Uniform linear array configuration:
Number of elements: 8
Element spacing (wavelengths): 0.25
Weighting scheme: hann
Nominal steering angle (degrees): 0
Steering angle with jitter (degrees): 0.2189
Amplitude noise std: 0.05
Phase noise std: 0.05

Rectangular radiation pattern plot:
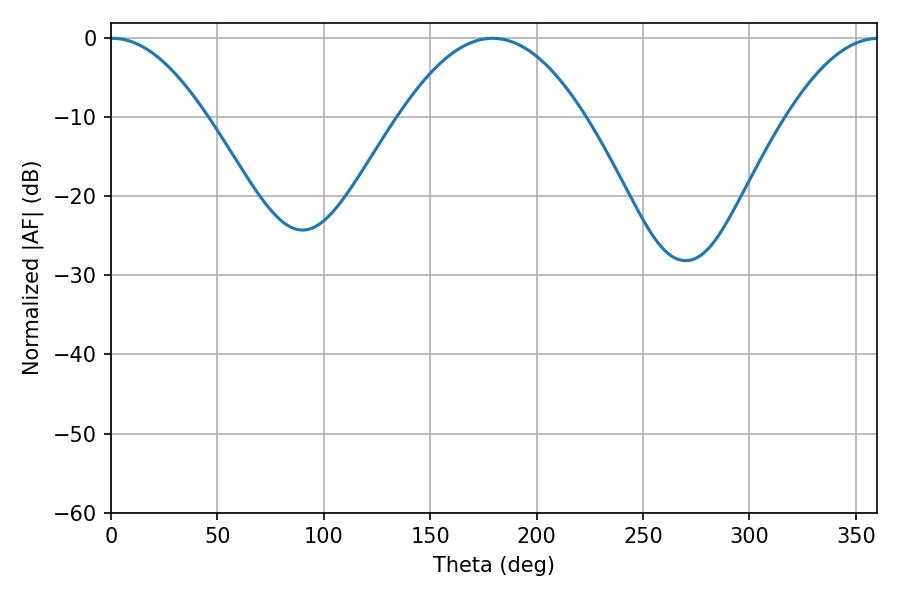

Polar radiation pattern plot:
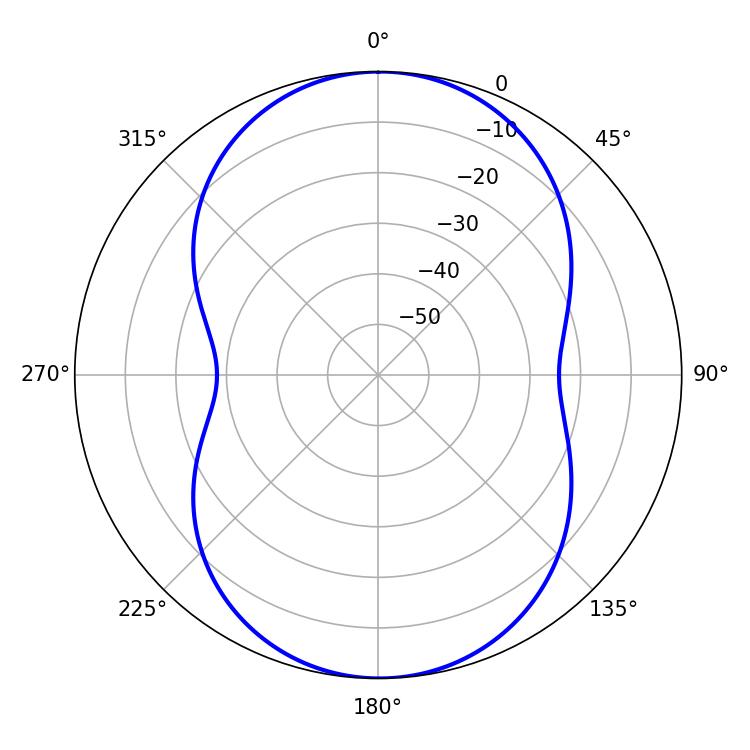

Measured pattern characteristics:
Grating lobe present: FALSE
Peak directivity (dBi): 17.977
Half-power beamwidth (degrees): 47.7
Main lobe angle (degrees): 179.28